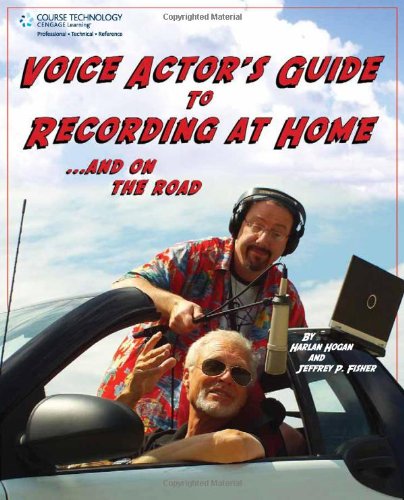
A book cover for Voice Actor's Guide to Recording at Home and On the Road; Jeffrey P. Fisher; Computers & Technology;